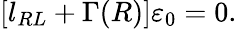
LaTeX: [l_{RL}+\Gamma(R)]\varepsilon_{0}=0.